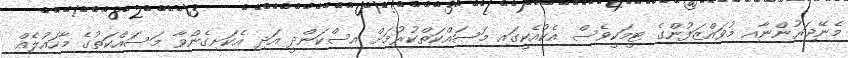
މެނޭޖަރުންނާއި މުވައްޒަފުންގެ ޓީމަކީވެސް އެކުއެކީގައި މަސައްކަތްކުރުމަށް އިސްކަންދީ އަދި އެކަށިގެންވާ މަސައްކަތުގެ މާހައުލެއް